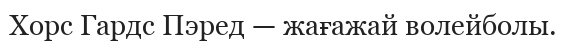
Хорс Гардс Пэред — жағажай волейболы.